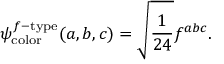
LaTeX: \psi _ { \mathrm { c o l o r } } ^ { f - \mathrm { t y p e } } ( a , b , c ) = \sqrt { \frac { 1 } { 2 4 } } f ^ { a b c } .